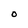
Character: O